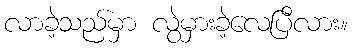
လာခဲ့သည်မှာ လွဲမှားခဲ့လေပြီလား။